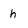
Character: h